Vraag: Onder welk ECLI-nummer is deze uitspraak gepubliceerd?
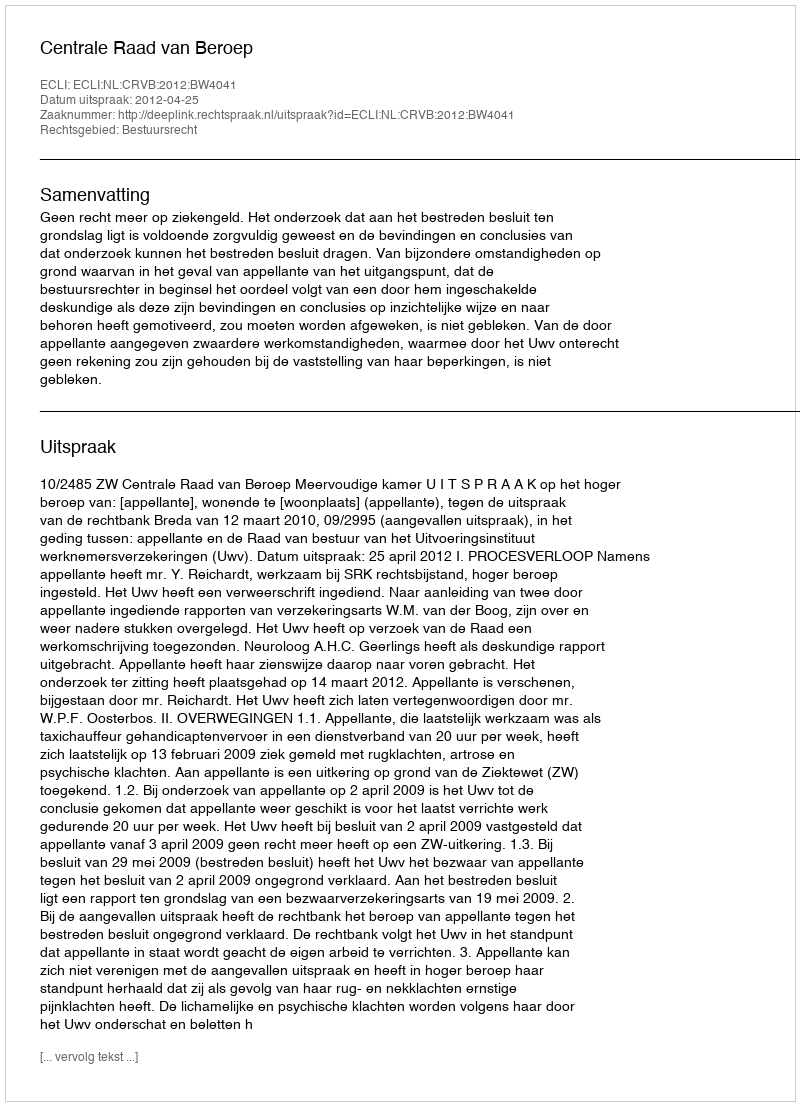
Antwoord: ECLI:NL:CRVB:2012:BW4041